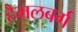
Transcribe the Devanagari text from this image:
हैमलबर्ग